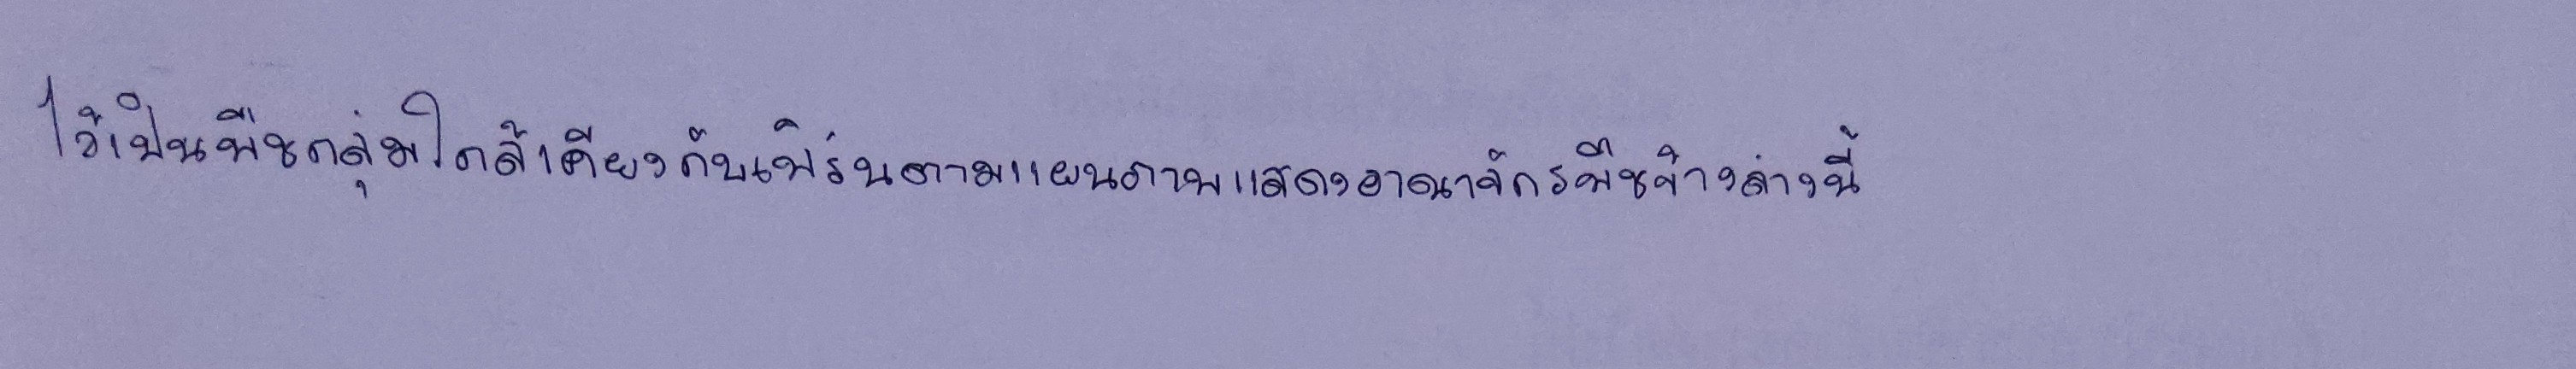
ไว้เป็นพืชกลุ่มใกล้เคียงกับเฟิร์นตามแผนภาพแสดงอาณาจักรพืชข้างล่างนี้